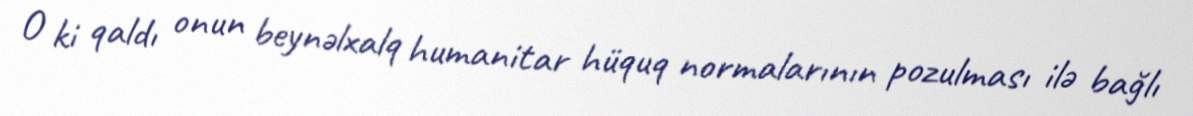
O ki qaldı onun beynəlxalq humanitar hüquq normalarının pozulması ilə bağlı